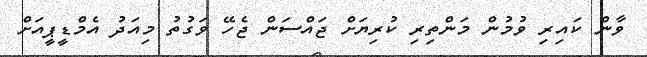
ވާން ކައިރި ވުމުން މަންތިރި ކުރިޔަށް ޖައްސަން ޖެހޭ ވަގުތު މިއަދު އެމްޑީޕީއަށް